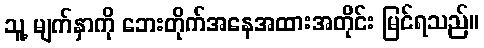
သူ့ မျက်နှာကို ဘေးတိုက်အနေအထားအတိုင်း မြင်ရသည်။